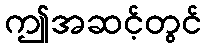
ဤအဆင့်တွင်